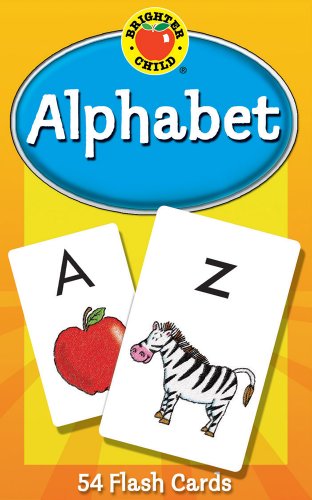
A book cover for Alphabet Flash Cards (Brighter Child Flash Cards); Children's Books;